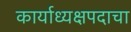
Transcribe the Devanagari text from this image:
कार्याध्यक्षपदाचा